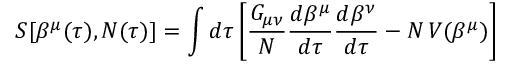
S [ \beta ^ { \mu } ( \tau ) , N ( \tau ) ] = \int d \tau \left[ \frac { G _ { \mu \nu } } { N } \frac { d \beta ^ { \mu } } { d \tau } \frac { d \beta ^ { \nu } } { d \tau } - N \, V ( \beta ^ { \mu } ) \right]